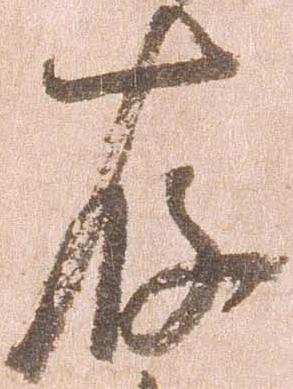
存